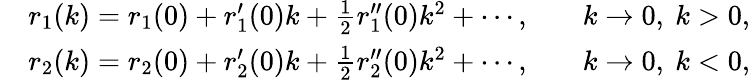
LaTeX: \begin{array}{rlrl}&{r_{1}(k)=r_{1}(0)+r_{1}^{\prime}(0)k+\frac{1}{2}r_{1}^{\prime\prime}(0)k^{2}+\cdots,}&&{k\to 0,\ k>0,}\\ &{r_{2}(k)=r_{2}(0)+r_{2}^{\prime}(0)k+\frac{1}{2}r_{2}^{\prime\prime}(0)k^{2}+\cdots,}&&{k\to 0,\ k<0,}\end{array}